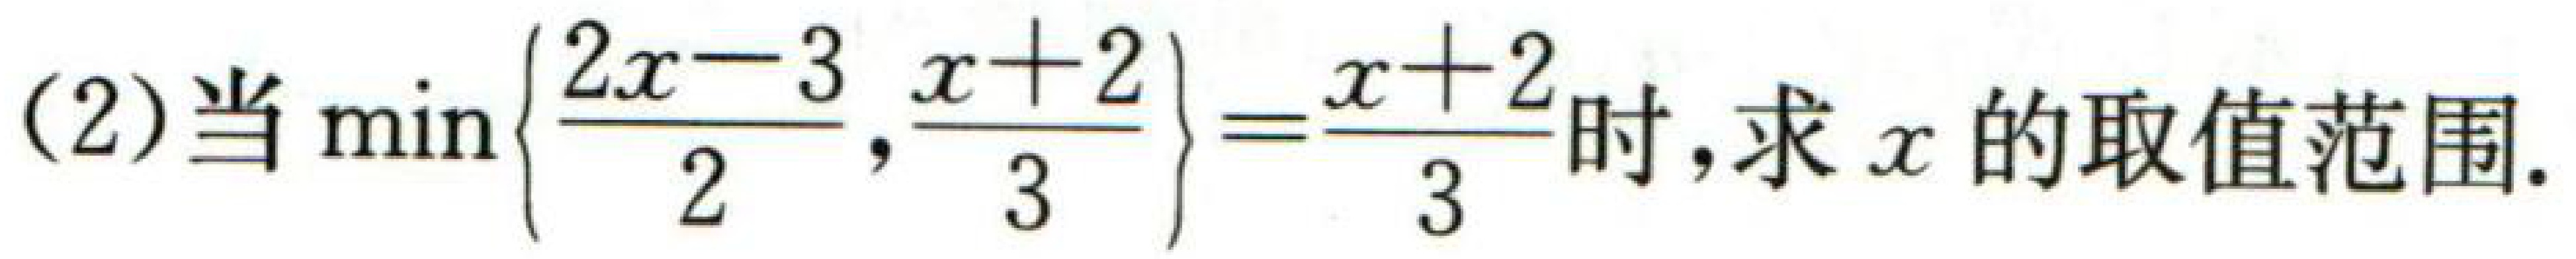
(2)当$\min\left\{\frac{2x - 3}{2},\frac{x + 2}{3}\right\}=\frac{x + 2}{3}$时，求$x$的取值范围.